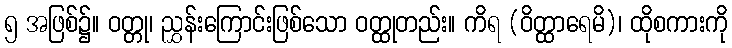
၅ အဖြစ်၌။ ဝတ္တု၊ ညွှန်းကြောင်းဖြစ်သော ဝတ္ထုတည်း။ ကိရ (ဝိတ္ထာရေမိ)၊ ထိုစကားကို